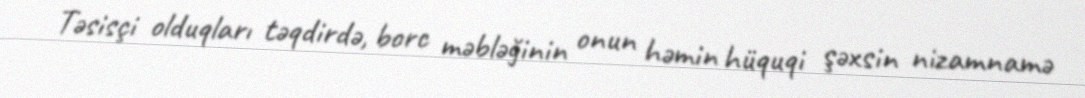
Təsisçi olduqları təqdirdə, borc məbləğinin onun həmin hüquqi şəxsin nizamnamə